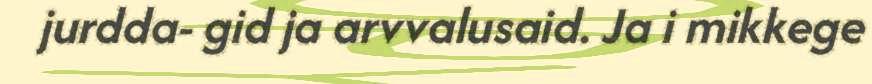
jurdda- gid ja arvvalusaid. Ja i mikkege